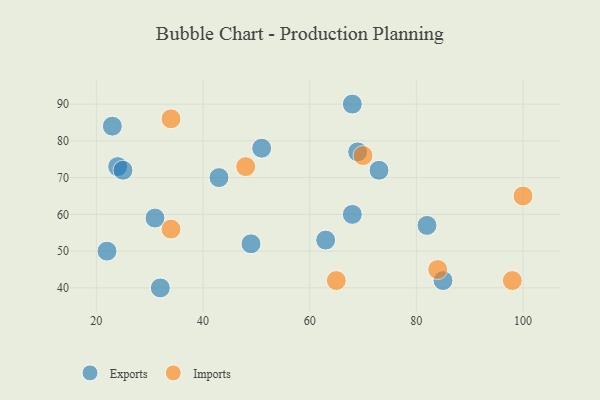
{"axis": {"x": "GDP", "y": "Life Expectancy"}, "legend": ["Exports", "Imports"], "data": [{"x": "68", "y": 60, "type": "Exports"}, {"x": "24", "y": 73, "type": "Exports"}, {"x": "51", "y": 78, "type": "Exports"}, {"x": "23", "y": 84, "type": "Exports"}, {"x": "68", "y": 90, "type": "Exports"}, {"x": "32", "y": 40, "type": "Exports"}, {"x": "31", "y": 59, "type": "Exports"}, {"x": "82", "y": 57, "type": "Exports"}, {"x": "22", "y": 50, "type": "Exports"}, {"x": "85", "y": 42, "type": "Exports"}, {"x": "73", "y": 72, "type": "Exports"}, {"x": "49", "y": 52, "type": "Exports"}, {"x": "43", "y": 70, "type": "Exports"}, {"x": "25", "y": 72, "type": "Exports"}, {"x": "63", "y": 53, "type": "Exports"}, {"x": "69", "y": 77, "type": "Exports"}, {"x": "34", "y": 86, "type": "Imports"}, {"x": "98", "y": 42, "type": "Imports"}, {"x": "48", "y": 73, "type": "Imports"}, {"x": "34", "y": 56, "type": "Imports"}, {"x": "84", "y": 45, "type": "Imports"}, {"x": "100", "y": 65, "type": "Imports"}, {"x": "65", "y": 42, "type": "Imports"}, {"x": "70", "y": 76, "type": "Imports"}]}